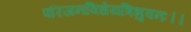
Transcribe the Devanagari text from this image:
परिजनविधेयत्रिभुवनः।।